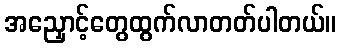
အညှောင့်တွေထွက်လာတတ်ပါတယ်။